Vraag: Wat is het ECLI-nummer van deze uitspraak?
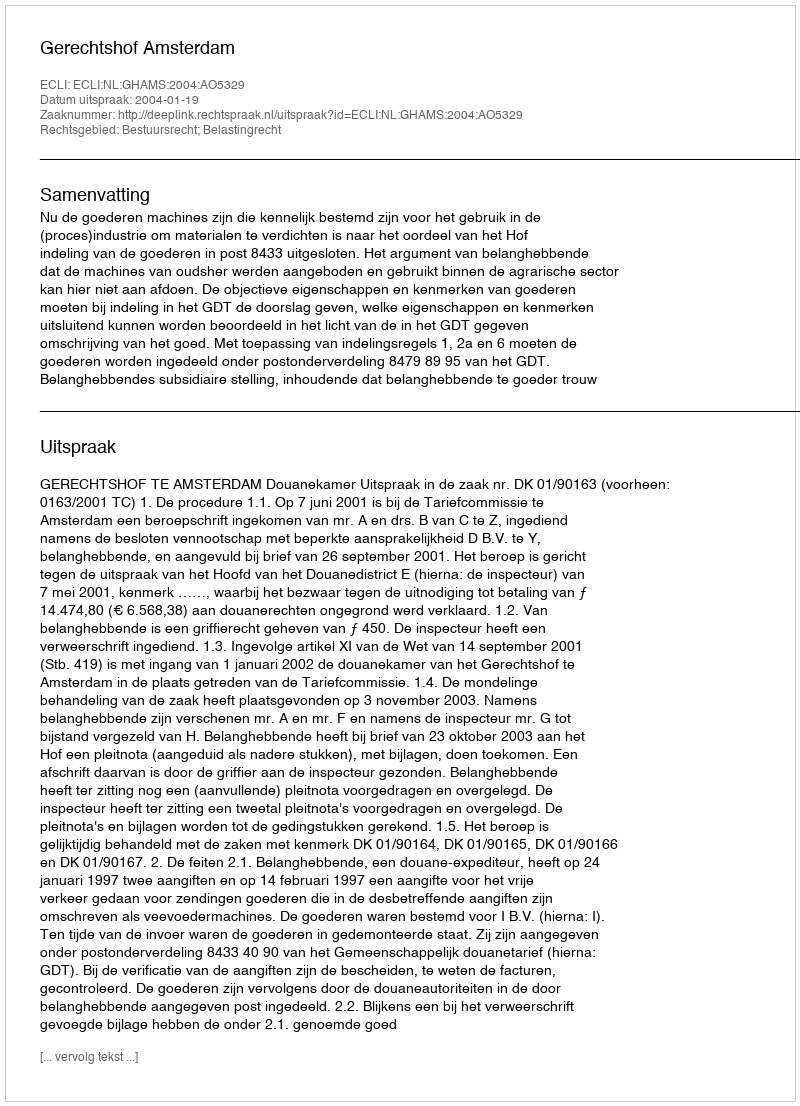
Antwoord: ECLI:NL:GHAMS:2004:AO5329